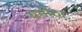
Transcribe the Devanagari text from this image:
बमीठा